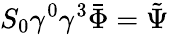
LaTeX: S_{0}\gamma^{0}\gamma^{3}\bar{\Phi}=\tilde{\Psi}